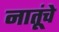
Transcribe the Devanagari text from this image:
नातूंचे